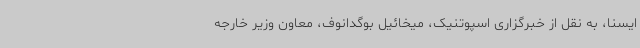
ایسنا، به نقل از خبرگزاری اسپوتنیک، میخائیل بوگدانوف، معاون وزیر خارجه